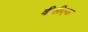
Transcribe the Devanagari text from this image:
वीसीएफ